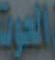
الدورة